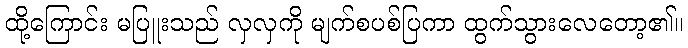
ထို့ကြောင်း မပြူးသည် လှလှကို မျက်စပစ်ပြကာ ထွက်သွားလေတော့၏။